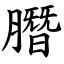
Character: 䐶